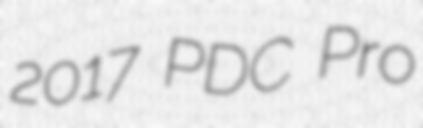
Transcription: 2017 PDC Pro